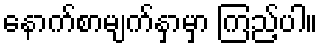
နောက်စာမျက်နှာမှာ ကြည့်ပါ။